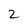
Character: 2